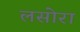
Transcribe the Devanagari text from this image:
लसोरा